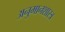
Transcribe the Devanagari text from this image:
अनुमानशास्त्र